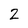
Character: 2